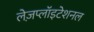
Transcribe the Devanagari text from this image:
लेज़प्लॉइटेशनल